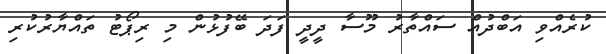
ކުރެއްވި އަބްދުއް ސައްތާރު މޫސާ ދީދީ ފަދަ ބޭފުޅުން މި ރިޕޯޓު ތައްޔާރުކުރި